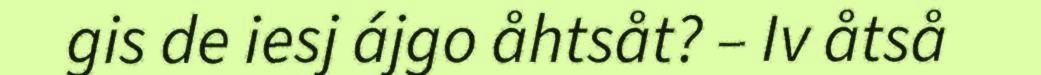
gis de iesj ájgo åhtsåt? – Iv åtså